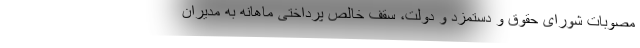
مصوبات شورای حقوق و دستمزد و دولت، سقف خالص پرداختی ماهانه به مدیران